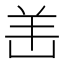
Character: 𫅎